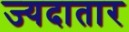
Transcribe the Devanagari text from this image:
ज्यदातार